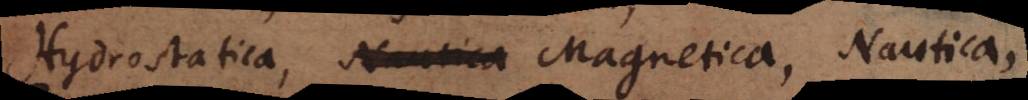
Hydrostatica, Nautica Magnetica, Nautica,